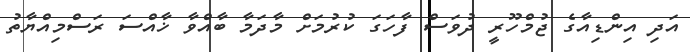
އަދި އިންޑިއާގެ ޖުމްހޫރީ ދުވަސް ފާހަގަ ކުރުމަށް މާދަމާ ބާއްވާ ޚާއްސަ ރަސްމިއްޔާތު